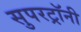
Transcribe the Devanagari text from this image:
सुपरट्रॉनी